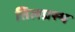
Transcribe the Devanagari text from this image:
तिलप्रस्थ